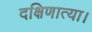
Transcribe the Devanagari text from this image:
दक्षिणात्या।